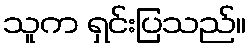
သူက ရှင်းပြသည်။